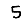
Digit: 5